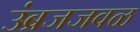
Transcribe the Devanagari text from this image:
उंब्रजजवळ